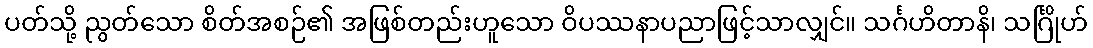
ပတ်သို့ ညွတ်သော စိတ်အစဉ်၏ အဖြစ်တည်းဟူသော ဝိပဿနာပညာဖြင့်သာလျှင်။ သင်္ဂဟိတာနိ၊ သင်္ဂြိုဟ်